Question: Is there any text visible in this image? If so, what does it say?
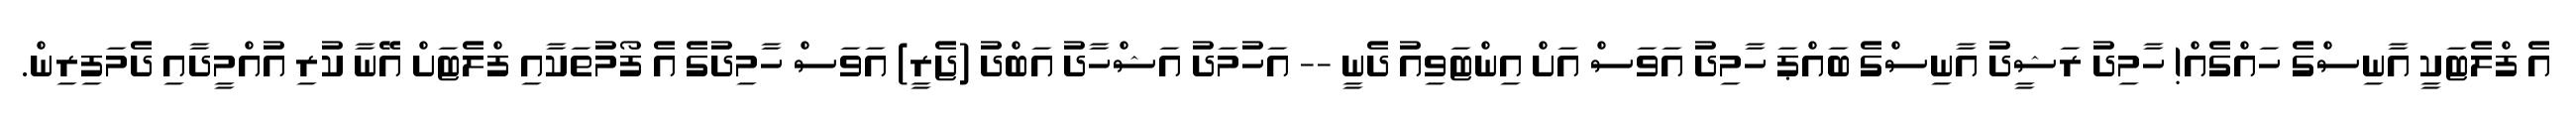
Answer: އެ ފްލެޓަކީ އާނިސްގެ ހައްގެއް! ހާމިދު ރަޝީދު އާނިސްގެ ބައްޕަ ހާމިދު އަވަސް އަށް އިންޓަވިއު ދެނީ -- އަހުމަދު އަޝްހާދު އަބްދު (ޖެރީ) އަވަސް ހާމިދުގެ އެ ފޯމުތަކާއި ފްލެޓަށް އޭނާ ކުރި އުއްމީދާއި ދެމަފިރިން.